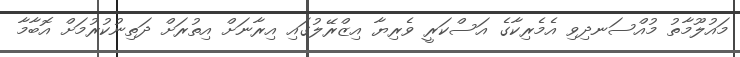
މައުލޫމާތު މުއްސަނދިވި އެމެރިކާގެ އަސްކަރީ ވެރިޔާ އިޒްރޭލުގައި އިރާނަށް އިތުރަށް ދަތިނުކުރުމަށް އޮބާމާ